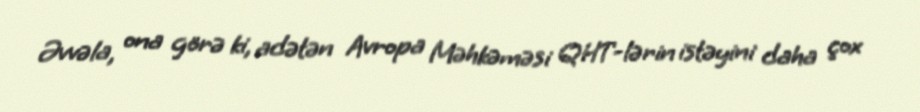
Əvvəla, ona görə ki, adətən Avropa Məhkəməsi QHT-lərin istəyini daha çox